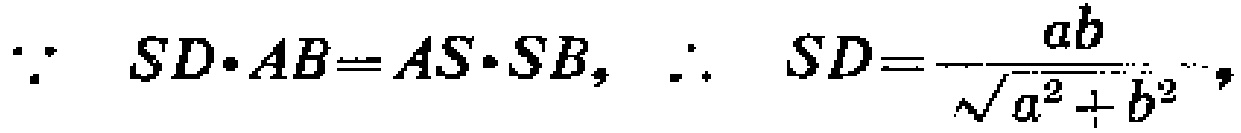
\(\because\ SD\cdot AB = AS\cdot SB,\ \therefore\ SD=\frac{ab}{\sqrt{a^{2}+b^{2}}},\)